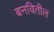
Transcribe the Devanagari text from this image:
बनवितील